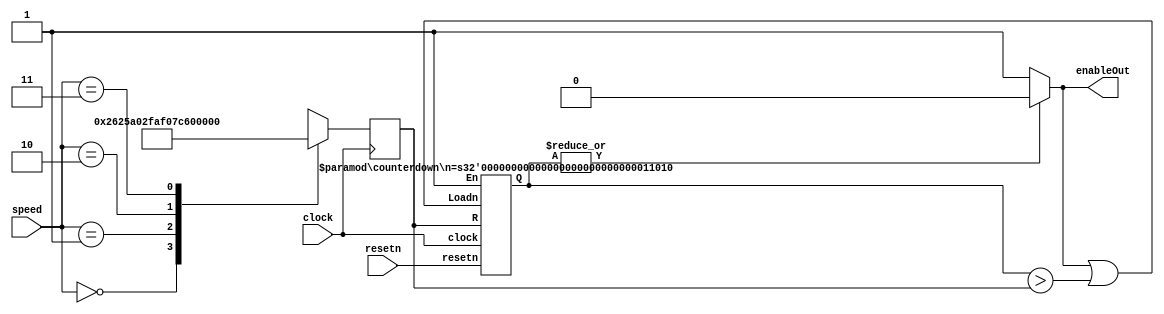
// Rate Divider Module
module rateDivider(clock, speed, resetn, enableOut);
  input clock, resetn;
  input [1:0] speed;
  output enableOut;
  reg [25:0] R; 		// Use to hold load for parallelLoadn
  wire [25:0] BCD; 	// Holds the value of 26 bit counter

  always @(posedge clock)
    case (speed)
      0:  // use full speed (50 Mhz)
        R = 1'b0;
      1:  // use 20 Hz
        R = 26'd2500000;
      2:  // use 4 Hz
        R = 26'd12499999;
      3:  // use 8 Hz
        R = 26'd6749999;
      default:  // use
        R = 26'd49999999;
    endcase

    assign enableOut = (|BCD == 1'b0)?1'b1:1'b0;

    counterdown #(.n(26)) c1(
      .clock(clock),
      .resetn(resetn),
      .En(1'b1),
      .Loadn(enableOut | (BCD > R)),
      .R(R),
      .Q(BCD)
    );
endmodule


module counterdown(clock, resetn, En, Loadn, R, Q);
  parameter n = 26;
  input clock, resetn, En, Loadn;
  input [25:0] R;
  output reg [25:0] Q;

  always @(negedge resetn, posedge clock) begin
    if (resetn == 0)
      Q <= 1'b1;
    else if (Loadn == 1'b1)
      Q <= R;
    else if (&Q == 1'b1)
      Q <= 0;
    else if (En)
      Q <= Q-1'b1;
  end
endmodule